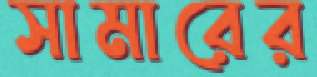
সামারের